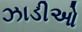
ઝાડીઓ